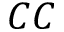
C C